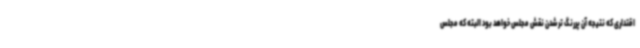
اقتداری که نتیجه آن پررنگ تر شدن نقش مجلس خواهد بود البته که مجلس